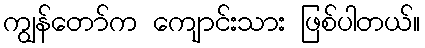
ကျွန်တော်က ကျောင်းသား ဖြစ်ပါတယ်။